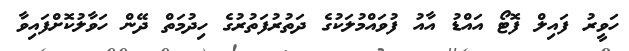
ހަވީރު ފައިލް ފޮޓޯ އައްޑު އާއު ފުވައްމުލަކުގެ ދަތުރުފަތުރުގެ ހިދުމަތް ދޭން ހަވާލުކޮށްފައިވާ